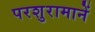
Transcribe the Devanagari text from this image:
परशुरामानें